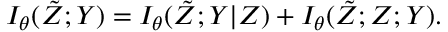
I _ { \theta } ( \tilde { Z } ; Y ) = I _ { \theta } ( \tilde { Z } ; Y | Z ) + I _ { \theta } ( \tilde { Z } ; Z ; Y ) .